Annual administration report of the Civil Veterinary Department of India - 1894-1895
Year: 1894
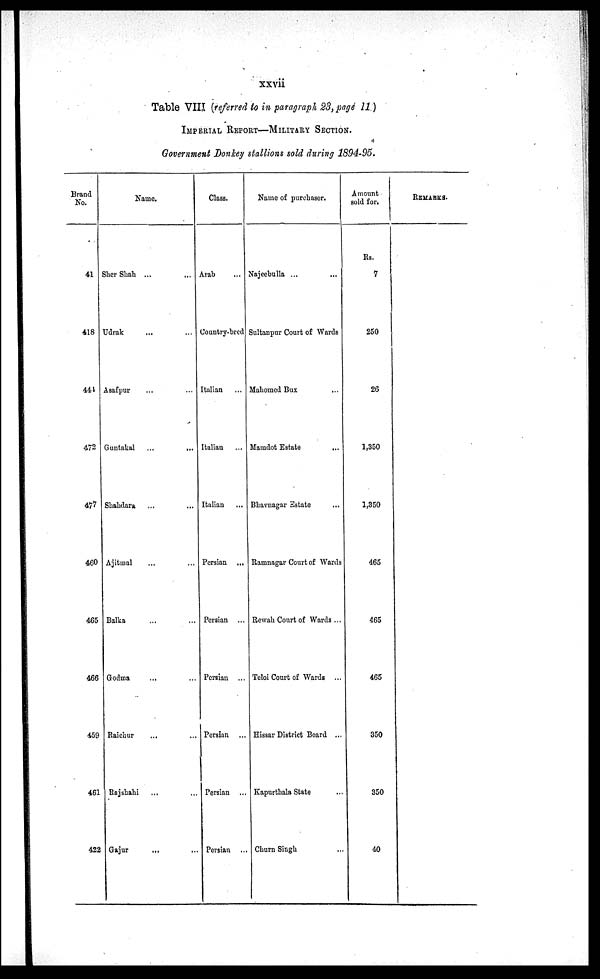
xxvii
Table VIII (referred to in paragraph 23, page 11)
IMPERIAL REPORT—MILITARY SECTION.
Government Donkey stallions sold during 1894-95.
Brand
No.
41
418
441
472
477
460
465
466
459
461
422
Name.
Sher Shah ... …
Udrak … …
Asafpur … …
Guntakal
...
...
Shahdara … …
Ajitmal … …
Balka … …
Godma … …
Raichur … …
Rajshahi … …
Gajur
... …
Class.
Arab …
Country-bred
Italian …
Italian …
Italian …
Persian ...
Persian ...
Persian ...
Persian ...
Persian …
Persian …
Name of purchaser.
Najeebulla ... …
Sultanpur Court of Wards
Mahomed Bux …
Mamdot Estate
...
Bhavnagar Estate …
Ramnagar Court of Wards
Rewah Court of Wards ...
Teloi Court of Wards ...
Hissar District Board ...
Kapurthala State …
Churn Singh …
Amount
sold for.
Rs.
7
250
26
1,350
1,350
465
465
465
350
350
40
REMARKS.